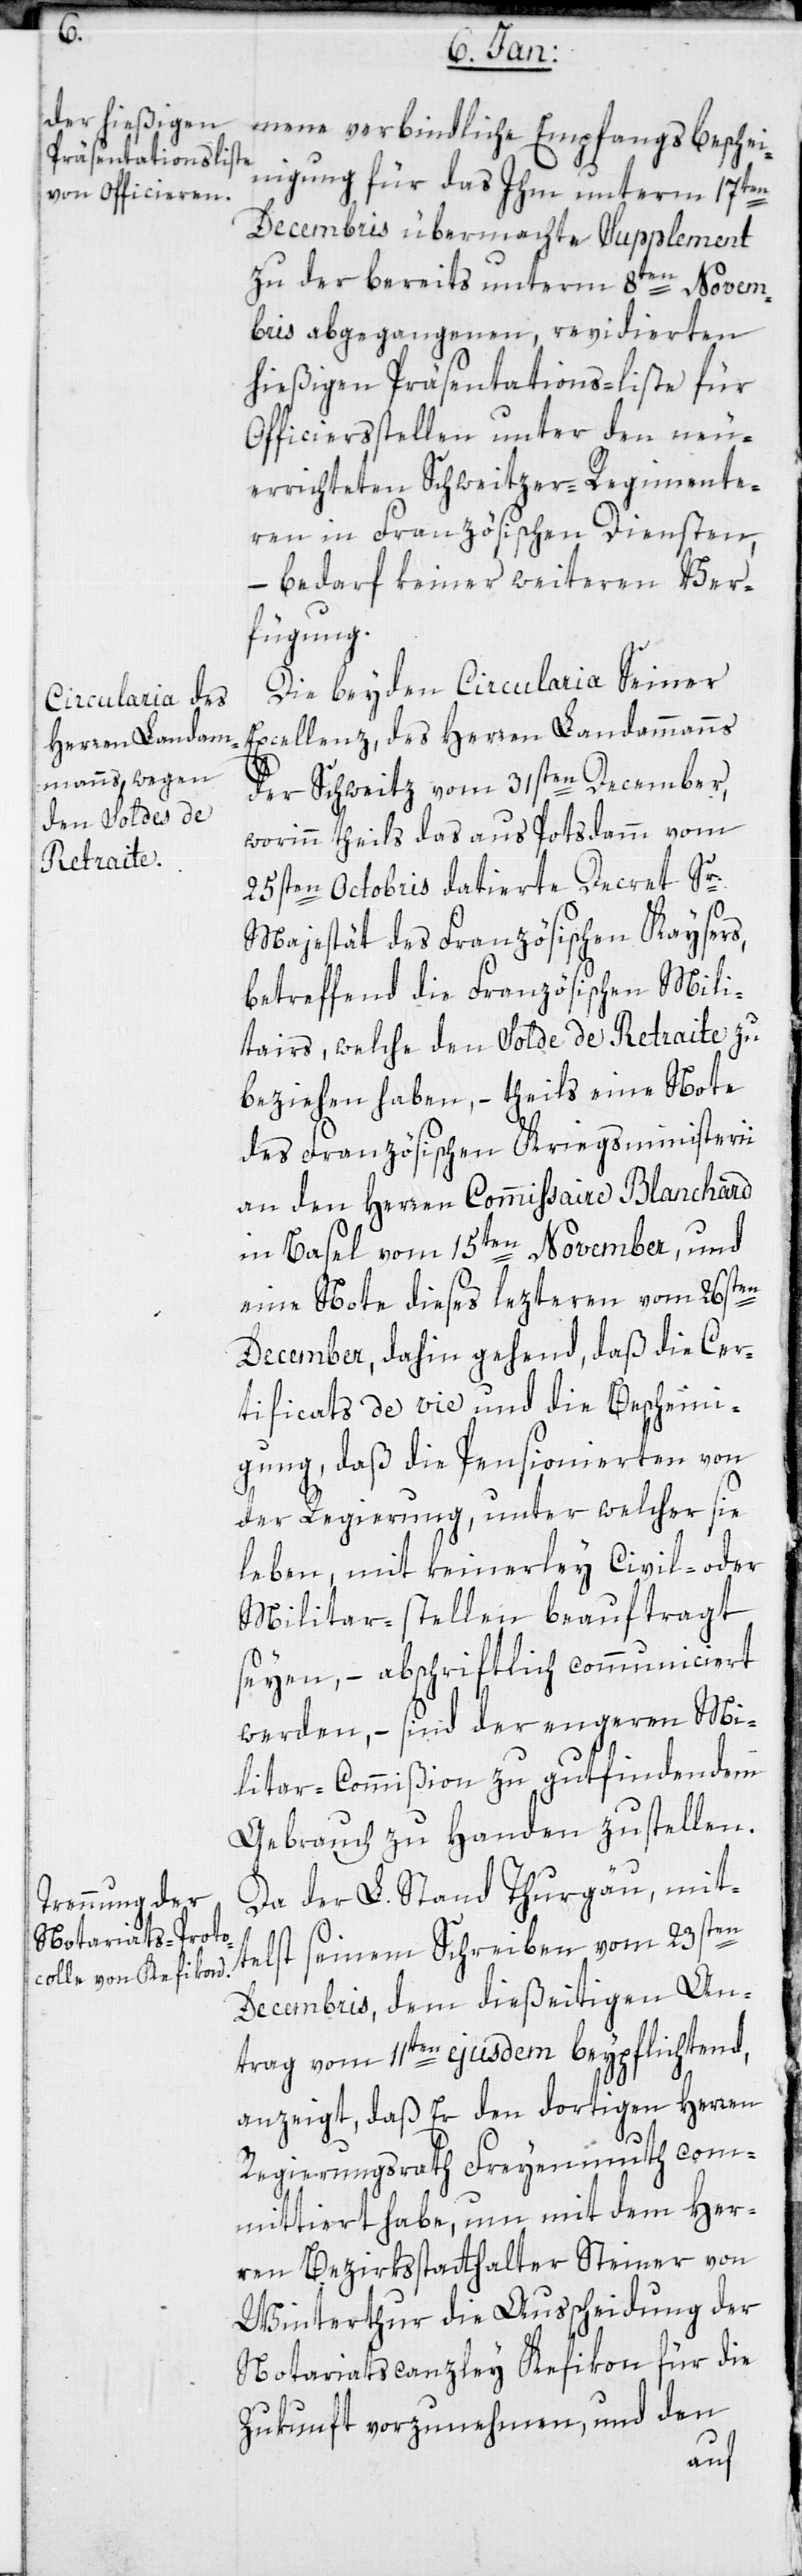
mene verbindliche Empfangsbeschei¬
nigung für das ihm unterm 17ten
Decembris übermachte Supplement
zu der bereits unterm 8ten Novem¬
bris abgegangenen, revidierten
hießigen Präsentations-liste für
Officiersstellen unter den neu¬
errichteten Schweitzer-Regimente¬
ren in Französischen Diensten,
– bedarf keiner weiteren Ver¬
fügung.
Die beyden Circularia Seiner
Excellenz, des Herren Landammanns
der Schweitz vom 31sten December,
worinn theils das aus Potsdamm vom
25sten Octobris datierte Decret Sr.
Majestät des französischen Kaysers,
betreffend die Französischen Mili¬
tairs, welche den Solde de Retraite zu
beziehen haben, – theils eine Note
des Französischen Kriegsministerii
an den Herren Commissaire Blanchard
in Basel vom 15ten November, und
eine Note dieses letzteren vom 26sten
December, dahin gehend, daß die Cer¬
tificats de vie und die Bescheini¬
gung, daß die Pensionierten von
der Regierung, unter welcher sie
leben, mit keinerley Civil- oder
Militar-stellen beauftragt
seyen, – abschriftlich communiciert
werden, – sind der engeren Mi¬
litarcommißion zu gutfindendem
Gebrauch zu Handen zustellen.
Da der L. Stand Thurgau, mit¬
telst seinem Schreiben vom 23sten
Decembris, dem dießeitigen An¬
trag vom 11ten ejusdem beypflichtend,
anzeigt, daß Er den dortigen Herren
Regierungsrath Freyenmuth com¬
mittiert habe, um mit dem Her¬
ren Bezirksstatthalter Steiner von
Winterthur die Ausscheidung der
Notariatscanzley Kefikon für die
Zukunft vorzunehmen, und den